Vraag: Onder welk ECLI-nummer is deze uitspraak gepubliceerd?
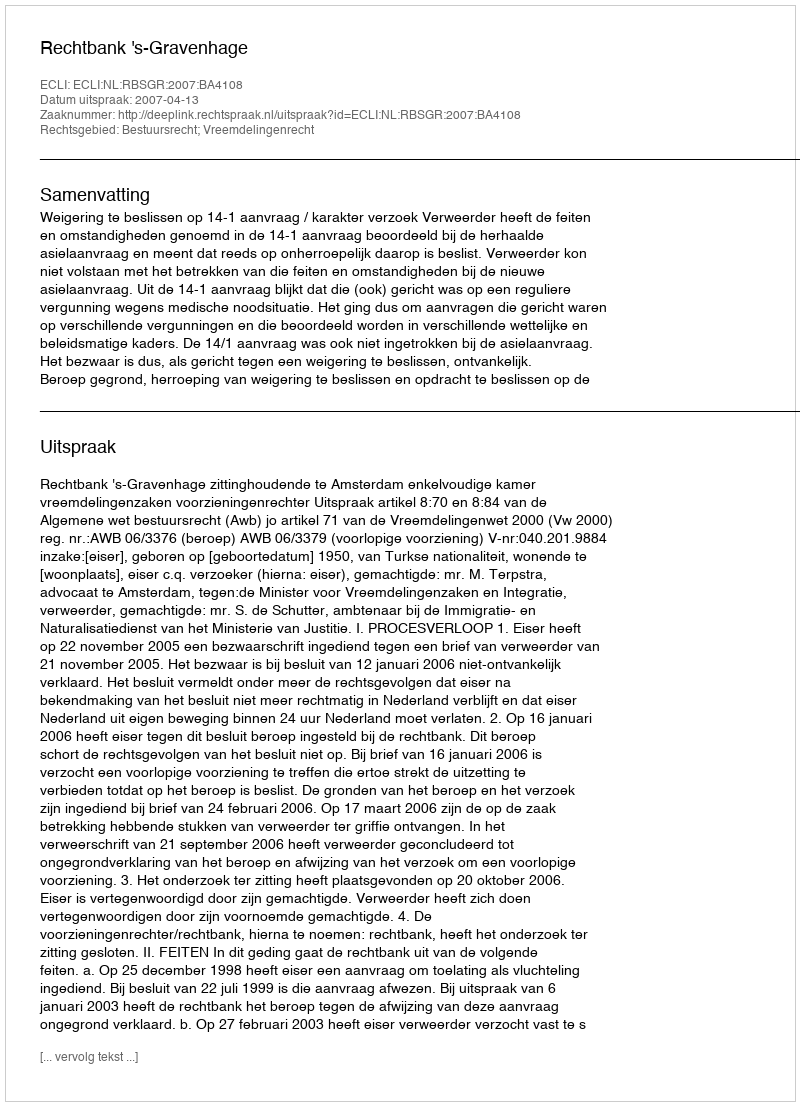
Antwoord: ECLI:NL:RBSGR:2007:BA4108